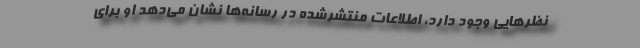
نظرهایی وجود دارد، اطلاعات منتشرشده در رسانه‌ها نشان می‌دهد او برای